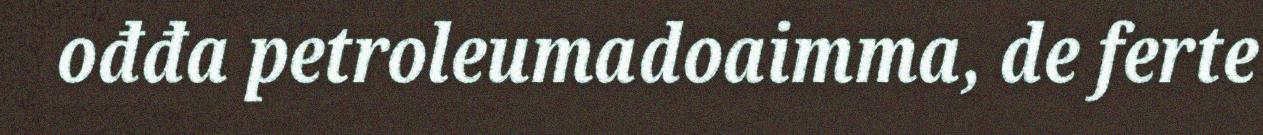
ođđa petroleumadoaimma, de ferte